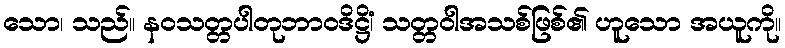
သော၊ သည်။ နဝသတ္တပါတုဘာဝဒိဋ္ဌိံ၊ သတ္တဝါအသစ်ဖြစ်၏ ဟူသော အယူကို။